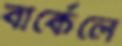
বার্কেলে